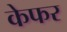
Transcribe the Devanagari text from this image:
केफर